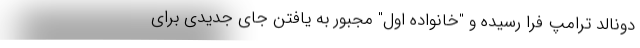
دونالد ترامپ فرا رسیده و "خانواده اول" مجبور به یافتن جای جدیدی برای